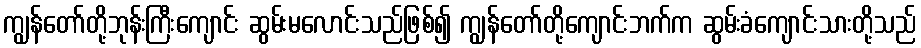
ကျွန်တော်တို့ဘုန်းကြီးကျောင်း ဆွမ်းမလောင်းသည်ဖြစ်၍ ကျွန်တော်တို့ကျောင်းဘက်က ဆွမ်းခံကျောင်းသားတို့သည်